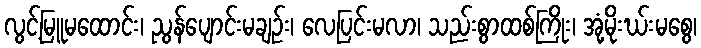
လွင့်မြူမထောင်း၊ ညွန်ပျောင်းမချဉ်း၊ လေပြင်းမလာ၊ သည်းစွာထစ်ကြိုး၊ အုံ့မိုးဃ်းမစွေ၊